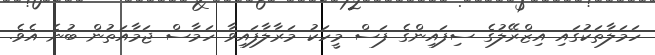
ހަމަލާތަކުގައި އިޒްރޭލުގެ ސިފައިންގެ ފަސް މީހަކު މަރާލާފައިވާ ހަމާސް ޖަމާއަތުން ބުނެ އެވެ.